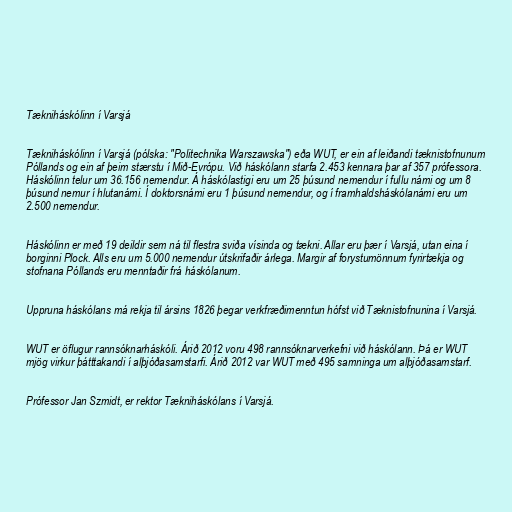
Tækniháskólinn í Varsjá

Tækniháskólinn í Varsjá (pólska: "Politechnika Warszawska") eða WUT, er ein af leiðandi tæknistofnunum
Póllands og ein af þeim stærstu í Mið-Evrópu. Við háskólann starfa 2.453 kennara þar af 357 prófessora.
Háskólinn telur um 36.156 nemendur. Á háskólastigi eru um 25 þúsund nemendur í fullu námi og um 8
þúsund nemur í hlutanámi. Í doktorsnámi eru 1 þúsund nemendur, og í framhaldsháskólanámi eru um
2.500 nemendur.

Háskólinn er með 19 deildir sem ná til flestra sviða vísinda og tækni. Allar eru þær í Varsjá, utan eina í
borginni Plock. Alls eru um 5.000 nemendur útskrifaðir árlega. Margir af forystumönnum fyrirtækja og
stofnana Póllands eru menntaðir frá háskólanum.

Uppruna háskólans má rekja til ársins 1826 þegar verkfræðimenntun hófst við Tæknistofnunina í Varsjá.

WUT er öflugur rannsóknarháskóli. Árið 2012 voru 498 rannsóknarverkefni við háskólann. Þá er WUT
mjög virkur þátttakandi í alþjóðasamstarfi. Árið 2012 var WUT með 495 samninga um alþjóðasamstarf.

Prófessor Jan Szmidt, er rektor Tækniháskólans í Varsjá.